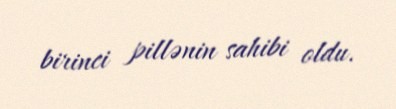
birinci pillənin sahibi oldu.